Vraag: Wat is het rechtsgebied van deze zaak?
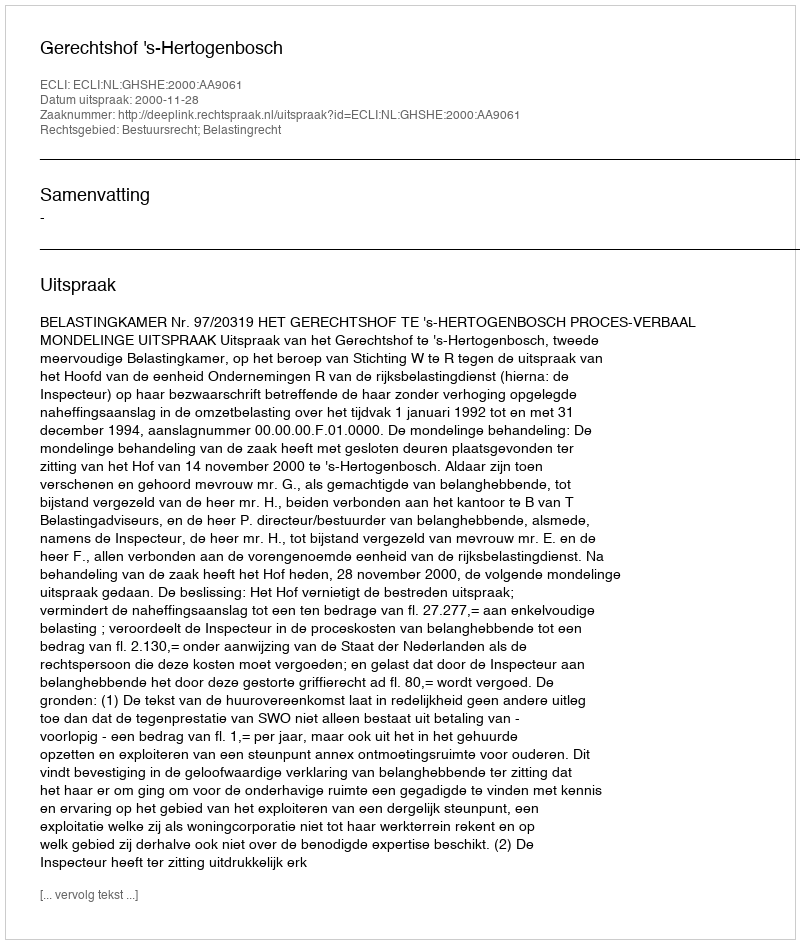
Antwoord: Bestuursrecht; Belastingrecht